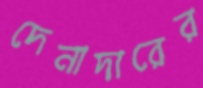
দেনাদারের